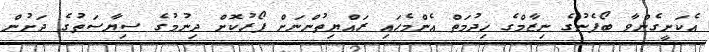
އެކަށީގެންވާ ބޯފެނުގެ ނިޒާމްގެ ޚިދުމަތް އެންމެހައި ރައްޔިތުންނަށް ފޯރުކޮށް ދިނުމުގެ ސިޔާސަތުގެ ދަށުން